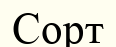
Сорт